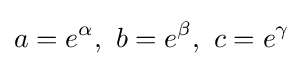
a=e^{\alpha },\ b=e^{\beta },\ c=e^{\gamma }